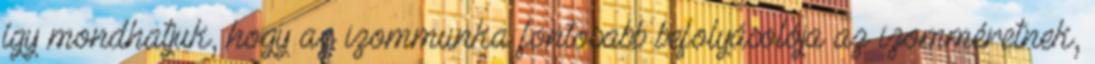
így mondhatjuk, hogy az izommunka fontosabb befolyásolója az izomméretnek,